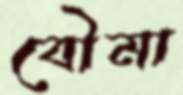
বৌমা